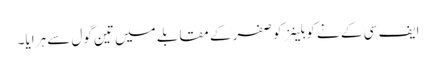
ایف سی کے نے کوبلینز کو صفر کے مقابلے میں تین گول سے ہرایا۔